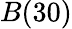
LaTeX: B(30)